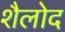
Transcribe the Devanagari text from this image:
शैलोद